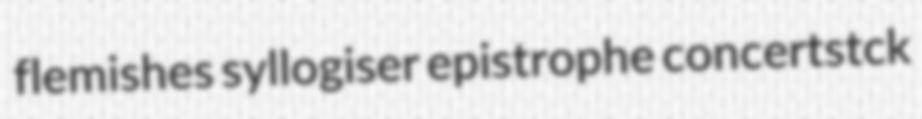
flemishes syllogiser epistrophe concertstck